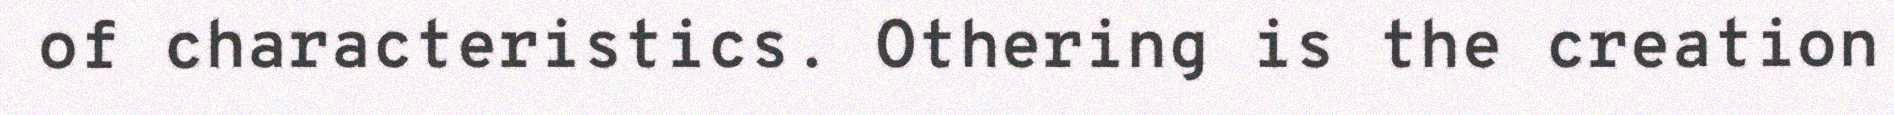
of characteristics. Othering is the creation